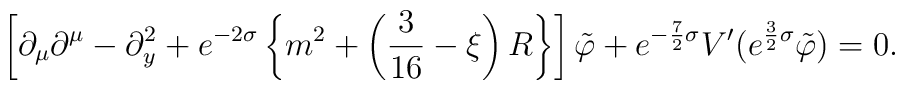
\left[ \partial_\mu\partial^\mu - \partial_y^2 + e^{-2\sigma}\left\{ m^2 + \left( \frac{3}{16}-\xi \right) R \right\} \right]\tilde{\varphi} + e^{-\frac{7}{2}\sigma}V^\prime(e^{\frac{3}{2}\sigma}\tilde{\varphi})=0  .